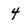
Character: 4